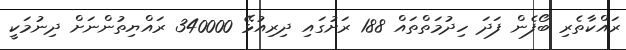
ރައްކާތެރި ބޯފެން ފަދަ ހިދުމަތްތައް 188 ރަށުގައި ދިރިއުޅޭ 340000 ރައްޔިތުންނަށް ދިނުމަކީ